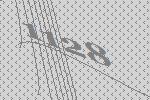
1128